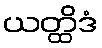
ယတ္ထိဒံ